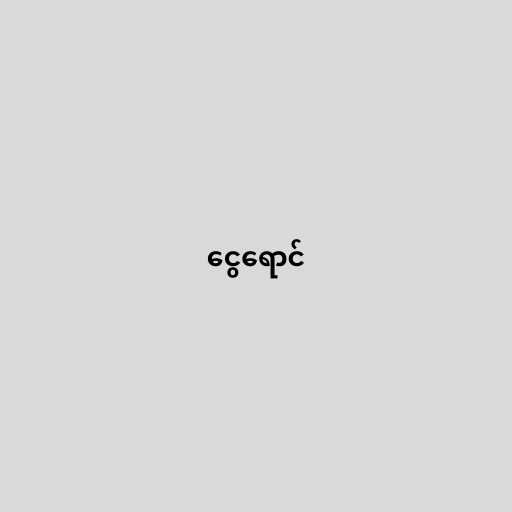
ငွေရောင်